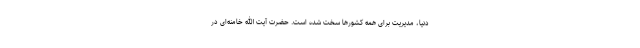
دنیا، مدیریت برای همه کشورها سخت شده است. حضرت آیت الله خامنه‌ای در